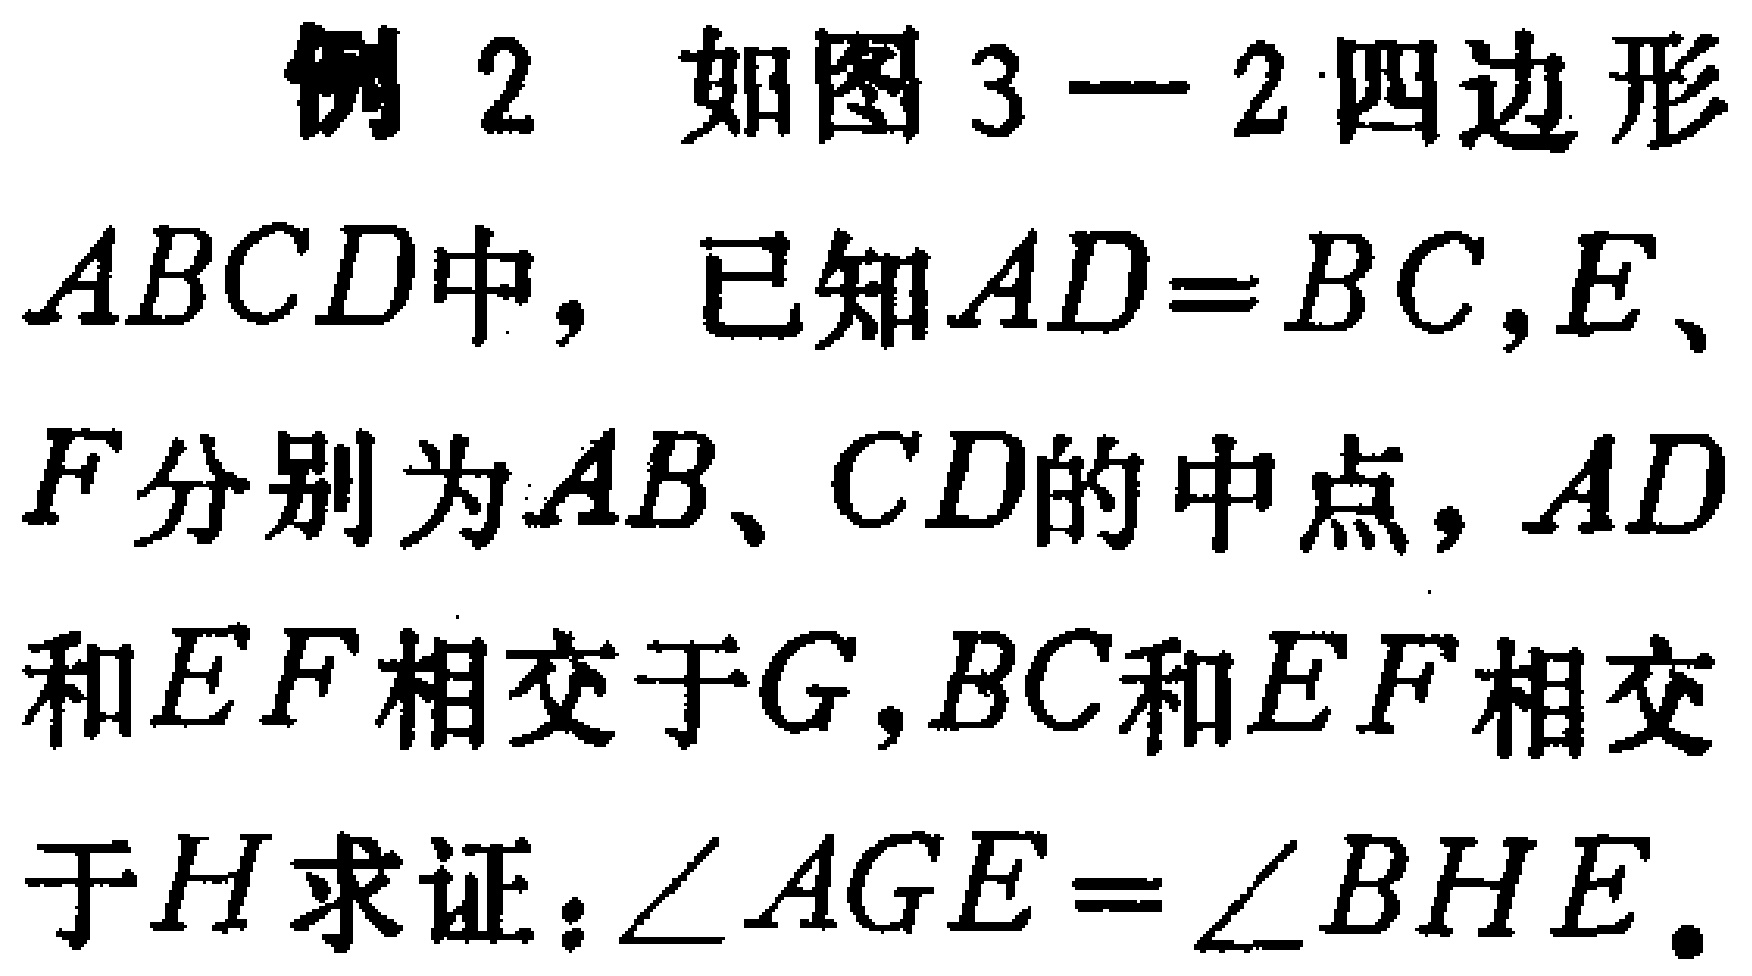
例2 如图3—2四边形$ABCD$中，已知$AD = BC$,$E$、$F$分别为$AB$、$CD$的中点，$AD$和$EF$相交于$G$,$BC$和$EF$相交于$H$求证：$\angle AGE=\angle BHE$.